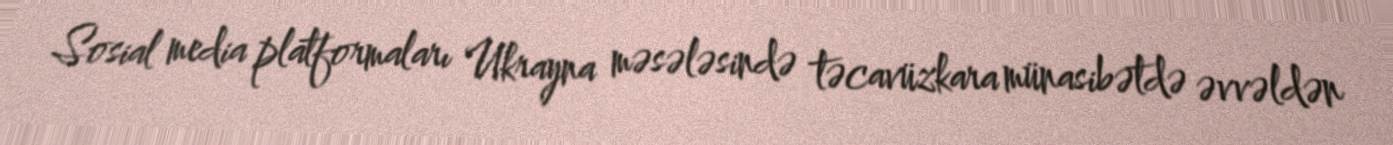
Sosial media platformaları Ukrayna məsələsində təcavüzkara münasibətdə əvvəldən